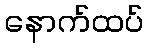
နောက်ထပ်